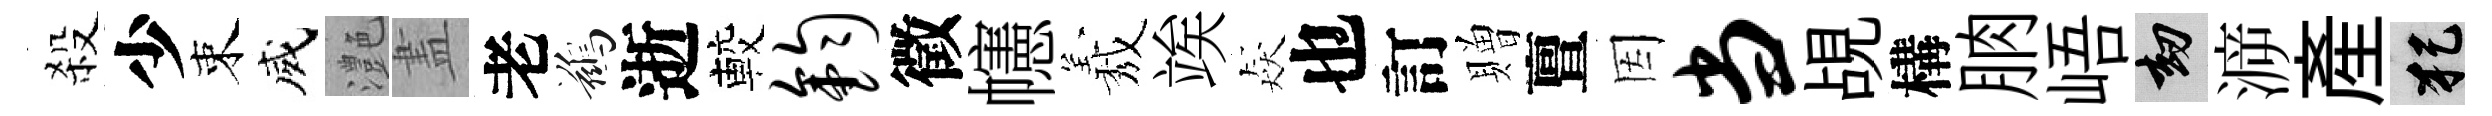
殺少束威灔𥁞老鷀逝較钧徵幰𦏁竢猋也訂贈亶因当覘構朒峿劫㴑產犯